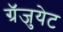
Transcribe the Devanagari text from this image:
ग्रॅजुयेट